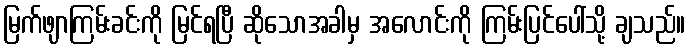
မြက်ဖျာကြမ်းခင်းကို မြင်ရပြီ ဆိုသောအခါမှ အလောင်းကို ကြမ်းပြင်ပေါ်သို့ ချသည်။